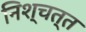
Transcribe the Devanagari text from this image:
निश्चत्त